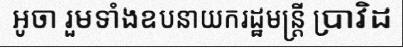
អូចា រួមទាំងឧបនាយករដ្ឋមន្ត្រី ប្រាវិដ